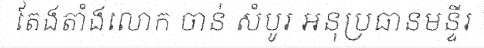
តែងតាំងលោក ចាន់ សំបូរ អនុប្រធានមន្ទីរ